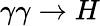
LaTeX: \gamma\gamma\rightarrow H